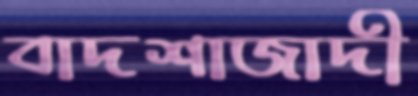
বাদশাজাদী